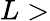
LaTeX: L>